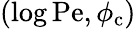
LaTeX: (\log\mathrm{Pe},\phi_{\mathrm{c}})